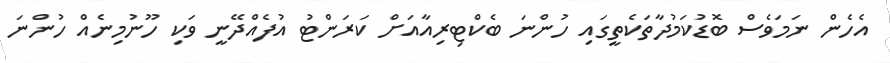
އެހެން ނަމަވެސް ބޮޑުކަމުދާތަކެތީގައި ހުންނަ ބެކްޓިރިއާއަށް ކަރަންޓު އުފެއްދޭނީ ވަކި ހޫނުމިނެއް ހުންނަ